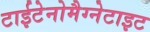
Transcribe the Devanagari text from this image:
टाईटेनोमैग्नेटाइट